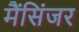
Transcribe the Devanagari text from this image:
मैंसिंजर